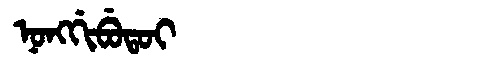
Manchu: ᠨᠣᠩᡤᡳᠪᡠᡨᠣᡳ
Romanization: NONGGIBUTOI